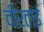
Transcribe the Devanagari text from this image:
वीरताई